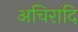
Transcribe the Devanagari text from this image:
अचिरादि